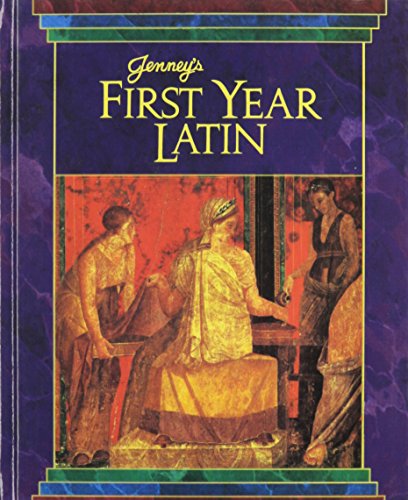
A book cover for Jenney's First Year Latin; Jr. Charles Jenney; Teen & Young Adult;